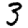
Digit: 3